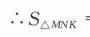
$\therefore S_{\triangle MNK}=$